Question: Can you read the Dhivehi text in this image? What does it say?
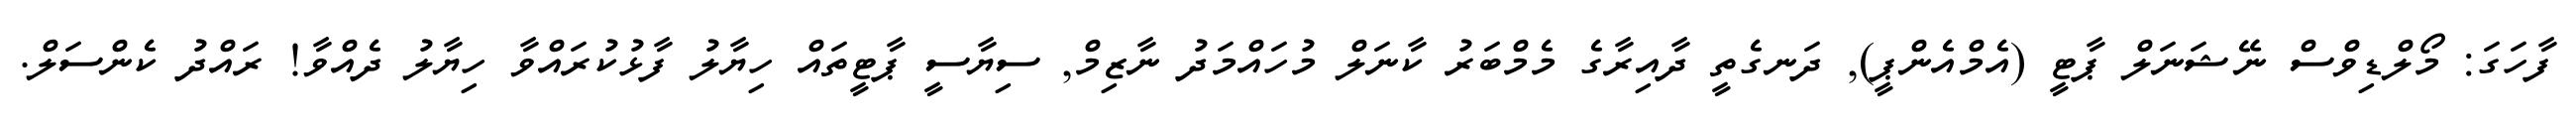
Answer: ފާހަގަ: މޯލްޑިވްސް ނޭޝަނަލް ޕާޓީ (އެމްއެންޕީ), ދަނގެތީ ދާއިރާގެ މެމްބަރު ކާނަލް މުހައްމަދު ނާޒިމް, ސިޔާސީ ޕާޓީތައް ހިޔާލު ފާޅުކުރައްވާ ހިޔާލު ދެއްވާ! ރައްދު ކެންސަލް.